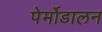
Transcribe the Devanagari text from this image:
पेर्मोडालन